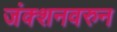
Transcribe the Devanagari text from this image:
जंक्शनवरुन